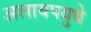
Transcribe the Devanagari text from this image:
अलायपयुथे